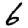
Digit: 6